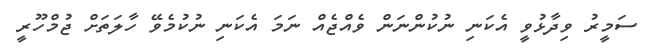
ސަމީރު ވިދާޅުވީ އެކަނި ނުކުންނަން ވެއްޖެއް ނަމަ އެކަނި ނުކުމެވޭ ހާލަތަށް ޖުމްހޫރީ